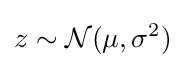
z\sim {\mathcal {N}}(\mu ,\sigma ^{2})